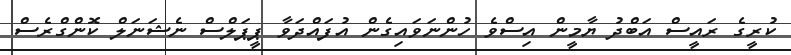
ކުރީގެ ރައީސް އަބްދު ޔާމީން އިސްވެ ހުންނަވައިގެން އުފައްދަވާ ޕީޕަލްސް ނެޝަނަލް ކޮންގްރެސް